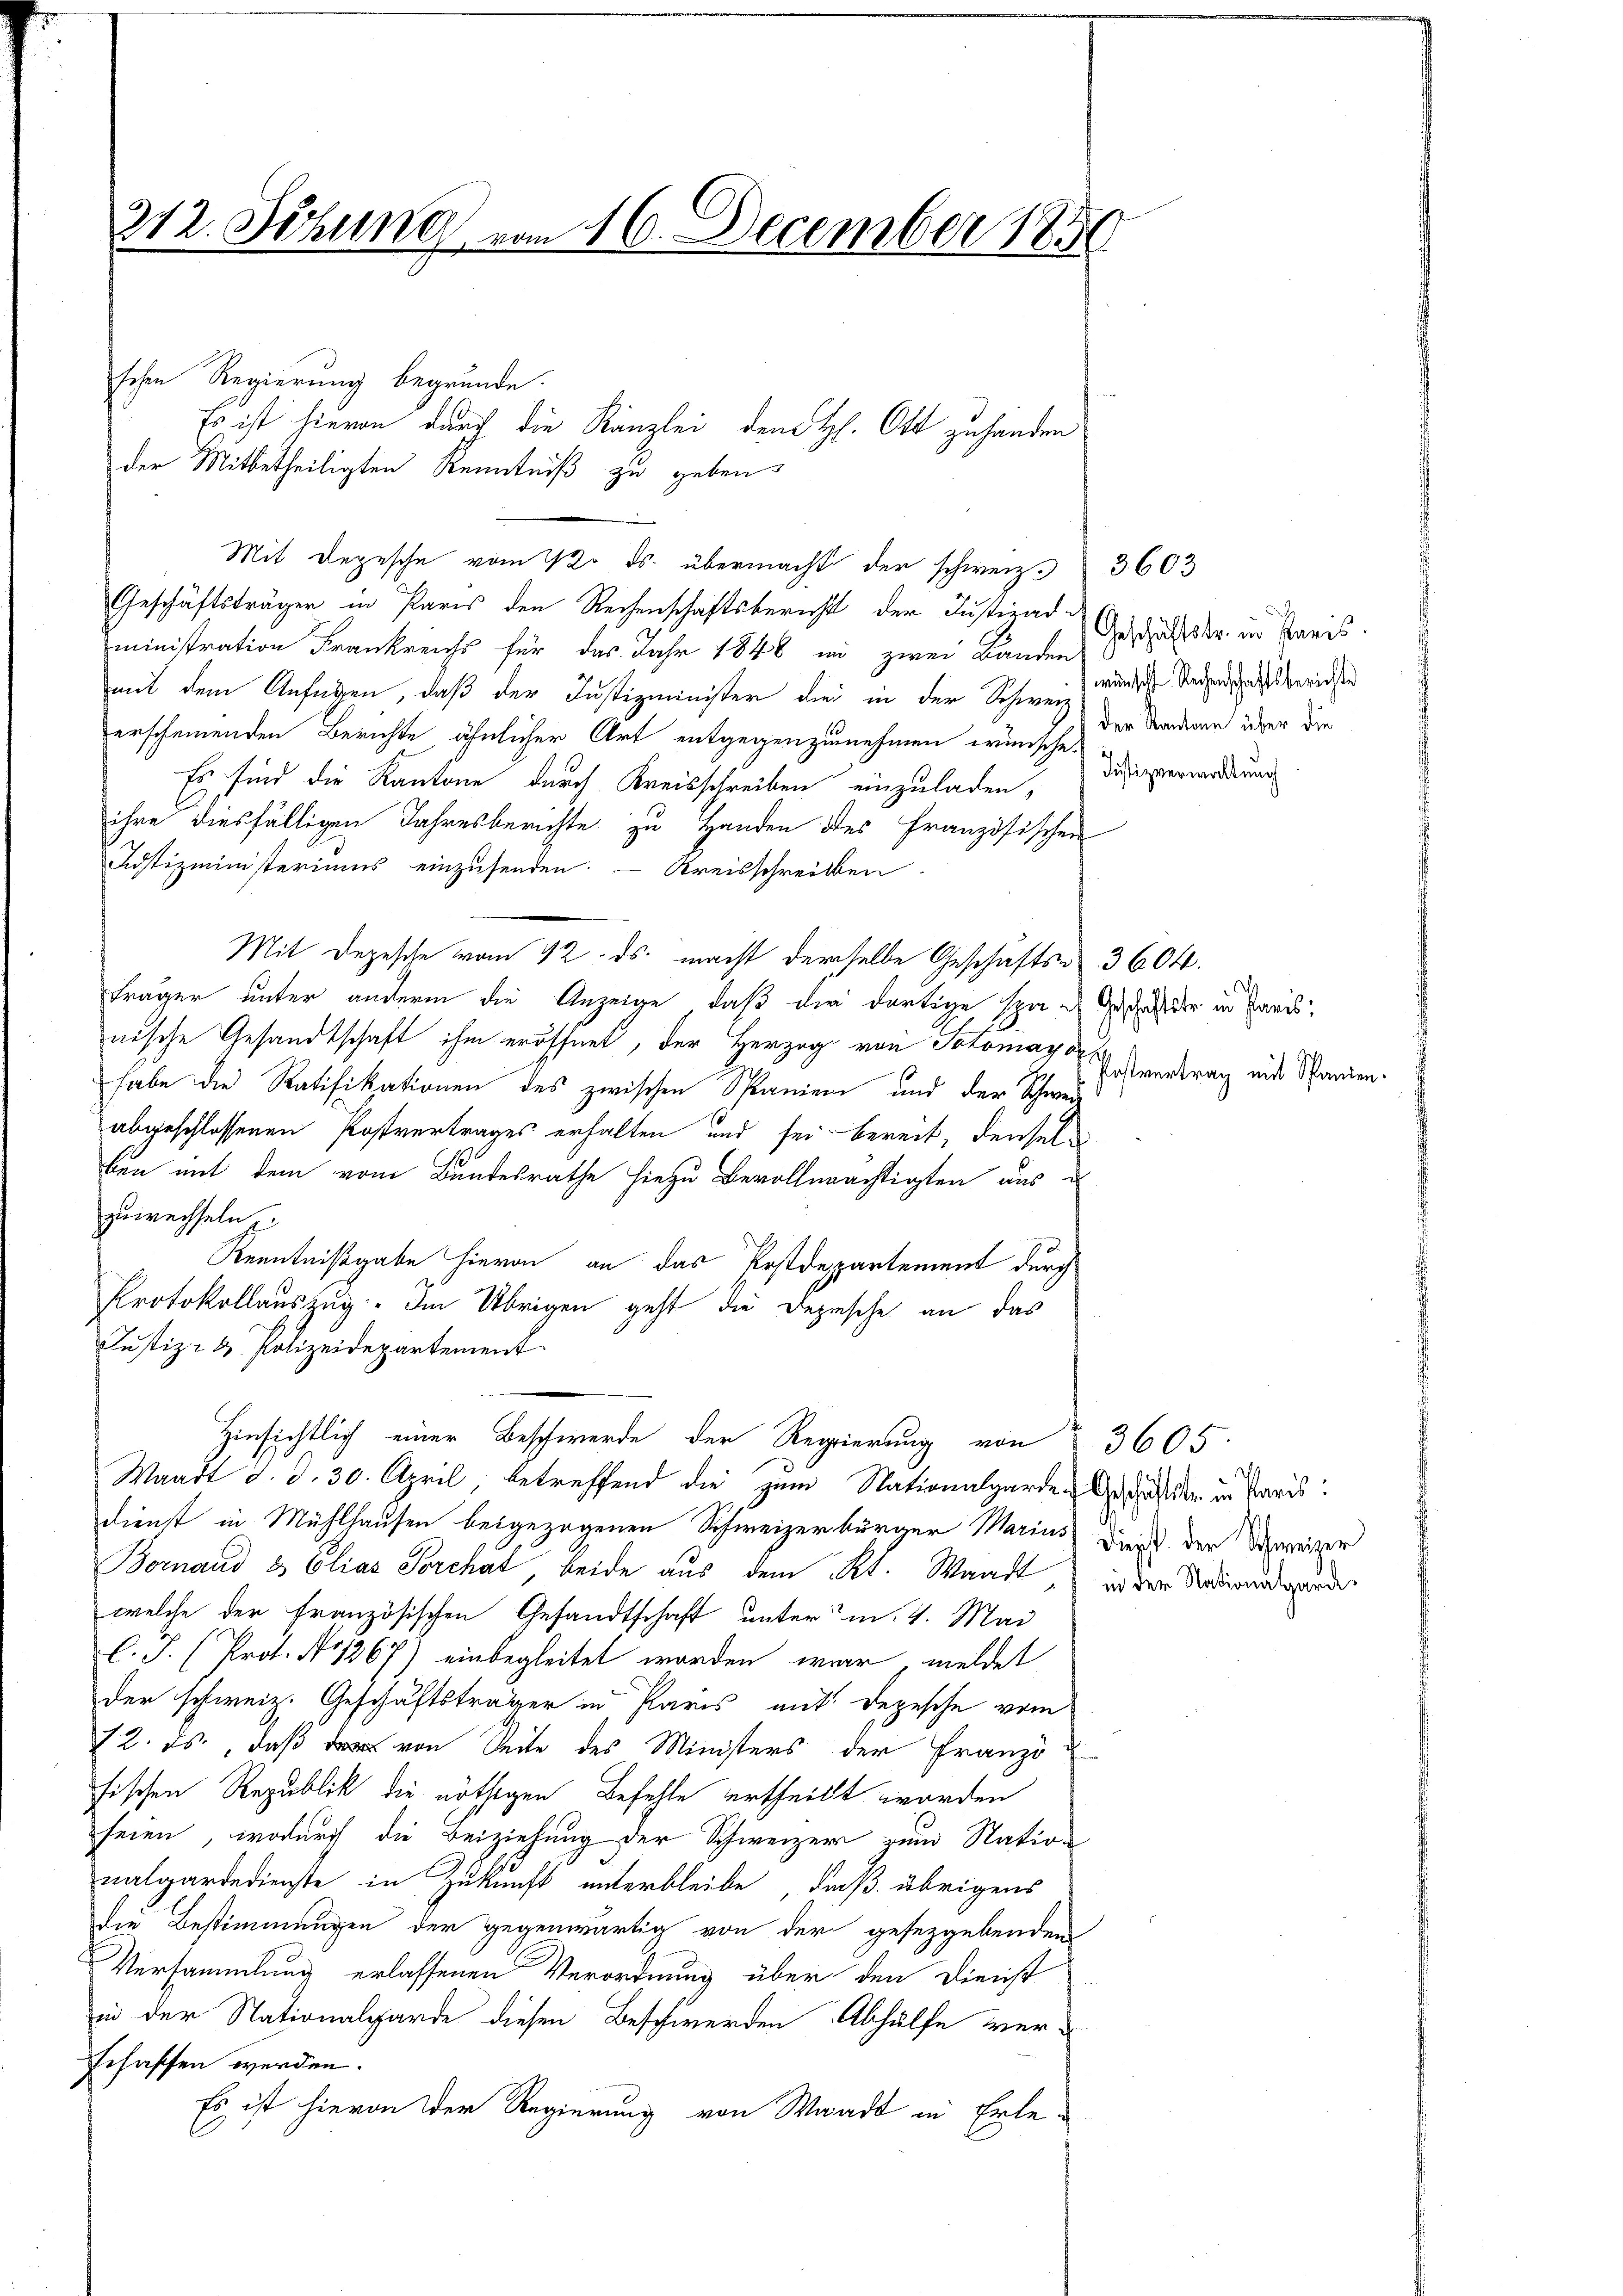
312. Jezung vom 16. December 1850

schen Regierung begründe.
Es ist hievon durch die Kanzlei dem H. Ott zu handen
der Mitbetheiligten Kenntniß zu geben.
Mit Depesche vom 12. ds. übermacht der schweiz. 3603
Geschäftsträger in Paris den Rechenschaftsbericht der Justizad
ministration Frankreich für das Jahr 1848 in zwei Bänden
mit dem Anfügen, daß der Justizminister dies in der Schweiz
erscheinenden Berichte ähnlicher Art entgegenzunehmen wünsche, der Sanderen über die
Es sind die Kantone durch Kreisschreiben einzuladen,
ihre diesfälligen Jahresberichte zu Handen des Französischen
Justizministeriums einzusenden. — Kreisschreiben
Mit Depesche vom 12. ds. macht derselbe Geschäfts- 3604.
träger unter andere die Anzeige, daß die dortige spae Geschaft der in Parisnische Gesandtschaft ihm eröffnet, der Herzog von Potomag des
habe die Ratifikationen des zwischen Spanien und der Schwer
abgeschlossenen Postvertrages erhalten und sei bereit, denselben mit dem vom Bundesrathe hiezu Bevollmächtigten aus u
zuwechseln,
Kenntnißgabe hievon an das Postdepartement durch
Protokollauszug. Im Übrigen geht die Depesche an das
Justiz- & Polizeidepartement
Hinsichtlich einer Beschwerde der Regierung von 3605
Waadt d. d. 30. April betreffend die zum Nationalgarde Geschäft der in Paris
dienst in Mühlhausen beigezogenen Schweizerbürger Marius dies der Schweizer
Bornand & Elias Forchat beide aus dem Kt. Waadt, in der Natardegarder
welche der französischen Gesandtschaft unter m. 4. Mai
C. J. (Prot. No 1267) einbegleitet worden war, meldet
der schweiz. Geschäftsträger in Paris mit Depesche vom
12. ds., daß das von Seite des Ministers der Franzöfischen Republik die nöthigen Befehle ertheilt worden
seien, wodurch die Beiziehung der Schweizern zum Nation
nalgardedienste in Zukunft unterbleibe, daß übrigens
die Bestimmungen der gegenwärtig von der gesetzgebenden
Versammlung erlassenen Verordnung über den Dienst
in der Nationalgarde diesen Beschwerden Abhülfe ver-
schaffen werden.
Es ist hievon der Regierung von Waadt in Erle-

Geschäftstr. in Preis.
wünscht Rechenschaftsberichte
Justizverwaltung

Postvertrag mit Spanien.